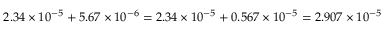
2 . 3 4 \times 1 0 ^ { - 5 } + 5 . 6 7 \times 1 0 ^ { - 6 } = 2 . 3 4 \times 1 0 ^ { - 5 } + 0 . 5 6 7 \times 1 0 ^ { - 5 } = 2 . 9 0 7 \times 1 0 ^ { - 5 }